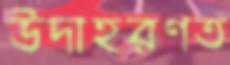
উদাহরণত